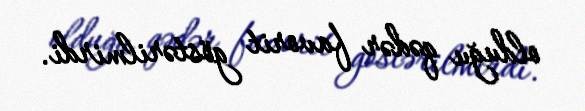
olduğu qədər favorit göstərilmirdi.